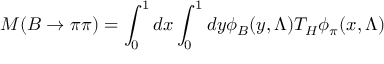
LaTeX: { \cal M } ( B \to \pi \pi ) = \int _ { 0 } ^ { 1 } d x \int _ { 0 } ^ { 1 } d y \phi _ { B } ( y , \Lambda ) T _ { H } \phi _ { \pi } ( x , \Lambda )